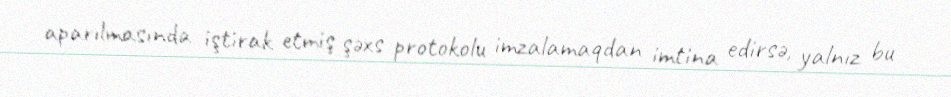
aparılmasında iştirak etmiş şəxs protokolu imzalamaqdan imtina edirsə, yalnız bu